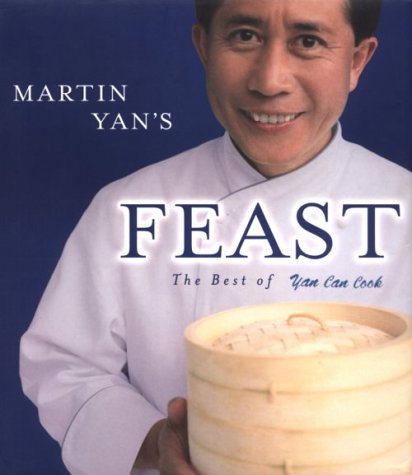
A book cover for Martin Yan's Feast : The Best of Yan Can Cook; Martin Yan; Cookbooks, Food & Wine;